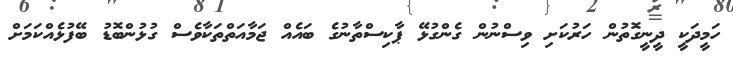
ހަމީދަކީ ދީނީގޮތުން ހަރުކަށި ވިސްނުން ގެންގުޅޭ ޕާކިސްތާނުގެ ބައެއް ޖަމާއަތްތަކާވެސް ގުޅުންބޮޑު ބޭފުޅެއްކަމަށް